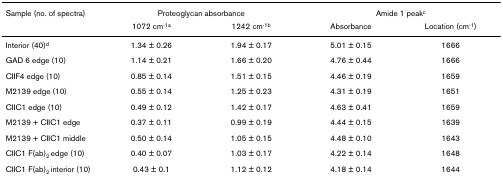
<table><thead><tr><td><b>Sample (no. of spectra)</b></td><td colspan="2"><b>Proteoglycan absorbance</b></td><td colspan="2"><b>Amide 1 peak<sup>c</sup></b></td></tr><tr><td></td><td><b>1072 cm<sup>-1a</sup></b></td><td><b>1242 cm<sup>-1b</sup></b></td><td><b>Absorbance</b></td><td><b>Location (cm<sup>-1</sup>)</b></td></tr></thead><tbody><tr><td>Interior (40)<sup>d</sup></td><td>1.34 ± 0.26</td><td>1.94 ± 0.17</td><td>5.01 ± 0.15</td><td>1666</td></tr><tr><td>GAD 6 edge (10)</td><td>1.14 ± 0.21</td><td>1.66 ± 0.20</td><td>4.76 ± 0.44</td><td>1666</td></tr><tr><td>CIIF4 edge (10)</td><td>0.85 ± 0.14</td><td>1.51 ± 0.15</td><td>4.46 ± 0.19</td><td>1659</td></tr><tr><td>M2139 edge (10)</td><td>0.55 ± 0.14</td><td>1.25 ± 0.23</td><td>4.31 ± 0.19</td><td>1651</td></tr><tr><td>CIIC1 edge (10)</td><td>0.49 ± 0.12</td><td>1.42 ± 0.17</td><td>4.63 ± 0.41</td><td>1659</td></tr><tr><td>M2139 + CIIC1 edge</td><td>0.37 ± 0.11</td><td>0.99 ± 0.19</td><td>4.44 ± 0.15</td><td>1639</td></tr><tr><td>M2139 + CIIC1 middle</td><td>0.50 ± 0.14</td><td>1.05 ± 0.15</td><td>4.48 ± 0.10</td><td>1643</td></tr><tr><td>CIIC1 F(ab)<sub>2 </sub>edge (10)</td><td>0.40 ± 0.07</td><td>1.03 ± 0.17</td><td>4.22 ± 0.14</td><td>1648</td></tr><tr><td>CIIC1 F(ab)<sub>2 </sub>interior (10)</td><td>0.43 ± 0.1</td><td>1.12 ± 0.12</td><td>4.18 ± 0.14</td><td>1644</td></tr></tbody></table>